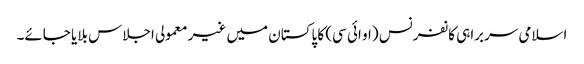
اسلامی سربراہی کانفرنس (او ائی سی) کا پاکستان میں غیر معمولی اجلاس بلایا جائے۔